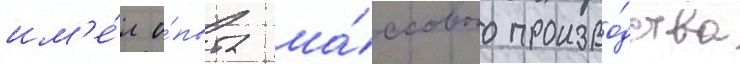
им'е́л о́пыта ма́ссового произво́дства